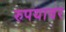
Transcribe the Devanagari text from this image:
रुपयावर